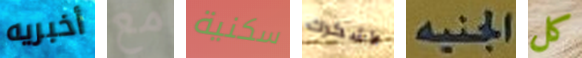
أخبريه مع سكنية لأشكرك الجنيه كل